Lunatic asylums United Prov. 1922-30 - 1922-1930
Year: 1922
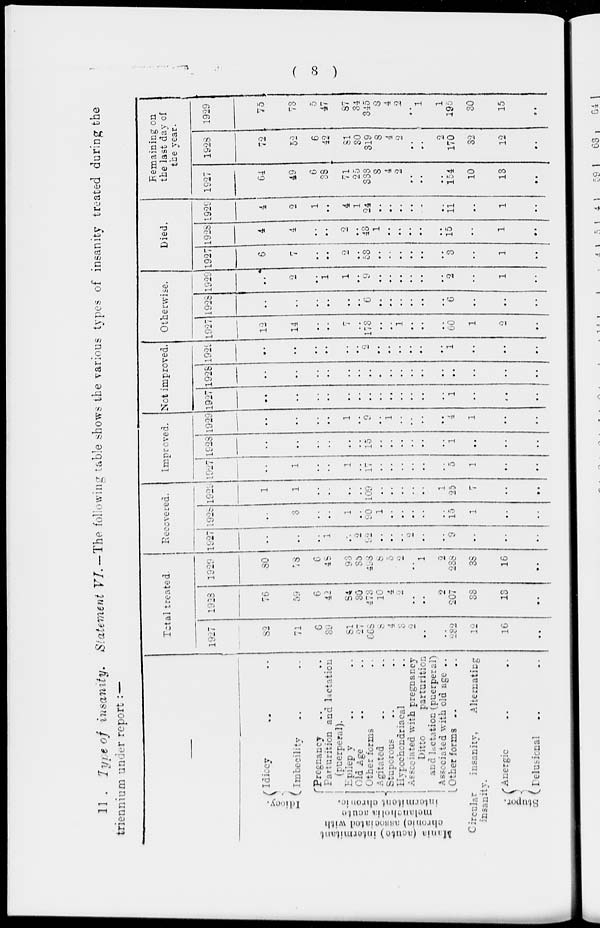
( 8 )
11 . Type of insanity.
Statement VI. —The following table shows the various types of insanity treated during the
triennium under report :—
—
I di ocy.
Mania (acute) intermitant
chronic)
associated with
intermittent chronic.
Idiocy .. ..
Imbecility .. ..
Pregnancy .. ..
Parturition and lactation
(puerperal).
Epilepy .. ..
Old Age .. ..
Other forms .. ..
Agitated .. ..
Stuporous .. ..
Hypochondriacal ..
Associated with pregnancy
Ditto
parturition
and lactation (puerperal)
Associated with old age ..
Other forms .. ..
Circular
insanity,
Alternating
insanity.
Stupor.
Anergic .. ..
Delusional .. ..
Total treated.
1927
82
71
6
39
81
27
665
8
4
3
2
..
..
232
12
16
..
1928
76
59
6
42
84
30
473
10
4
2
..
..
2
207
33
13
..
1929
80
78
6
48
93
35
498
8
5
2
..
1
2
238
38
16
..
Recovered.
1927
..
..
..
1
..
2
92
..
..
..
2
..
..
9
..
..
..
1928
..
3
..
..
1
..
90
1
..
..
..
..
..
15
1
..
..
1929
1
1
..
..
..
..
109
..
..
..
..
..
1
25
7
..
..
Improved.
1927
..
1
..
..
1
..
17
..
..
..
..
..
..
5
1
..
..
1928
..
..
..
..
..
..
15
..
..
..
..
..
..
1
..
..
..
1929
..
..
..
..
1
..
9
..
1
..
..
..
..
4
1
..
..
Not improved.
1927
..
..
..
..
..
..
..
..
..
..
..
..
..
1
..
..
..
1928
..
..
..
..
..
..
..
..
..
..
..
..
..
..
..
..
..
1929
..
..
..
..
..
..
2
..
..
..
..
..
..
1
..
..
..
Otherwise.
1927
12
14
..
..
7
..
173
..
..
1
..
..
..
60
1
2
..
1928
..
..
..
..
..
..
6
..
..
..
..
..
..
6
..
..
..
1929
..
2
..
1
1
..
9
..
..
..
..
..
..
2
..
1
..
Died.
1927
6
7
..
..
2
..
53
..
..
..
..
..
..
3
..
1
..
1928
4
4
..
..
2
..
43
1
..
..
..
..
..
15
..
1
..
1929
4
2
1
..
4
1
24
..
..
..
..
..
..
11
..
1
..
Remaining on
the last day of
the year.
1927
64
49
6
38
71
25
333
8
4
2
..
..
..
154
10
13
..
1928
72
52
6
42
81
30
319
8
4
2
..
..
2
170
32
12
..
1929
75
73
5
47
87
34
345
8
4
2
..
1
1
195
30
15
..